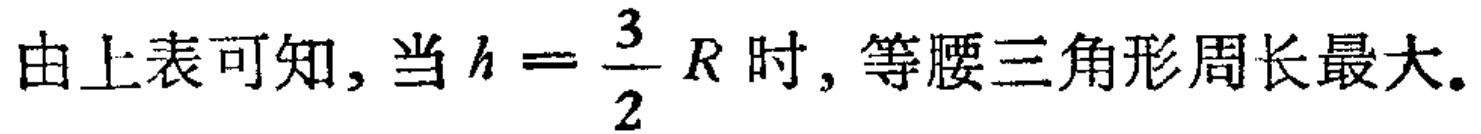
由上表可知, 当 \(h = \frac{3}{2}R\) 时, 等腰三角形周长最大.